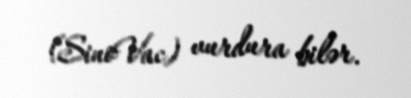
(SinoVac) vurdura bilər.